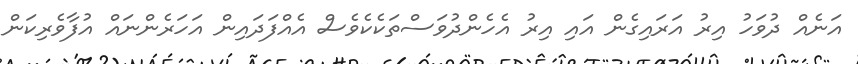
އަނެއް ދުވަހު އިރު އަރައިގެން އައި އިރު އެހެންދުުވަސްތަކެކެވެސް އެއްފަދައިން އަހަރެންނައް އުފާވެރިކަން